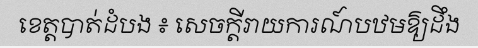
ខេត្តបាត់ដំបង ៖ សេចក្តីរាយការណ៍បឋមឱ្យដឹង